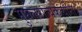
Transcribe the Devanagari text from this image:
मुघलराज्यकर्त्यांना